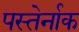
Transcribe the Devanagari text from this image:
पस्तेर्नाक